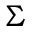
\Sigma